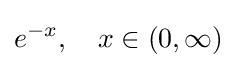
e^{-x},\quad x\in (0,\infty )